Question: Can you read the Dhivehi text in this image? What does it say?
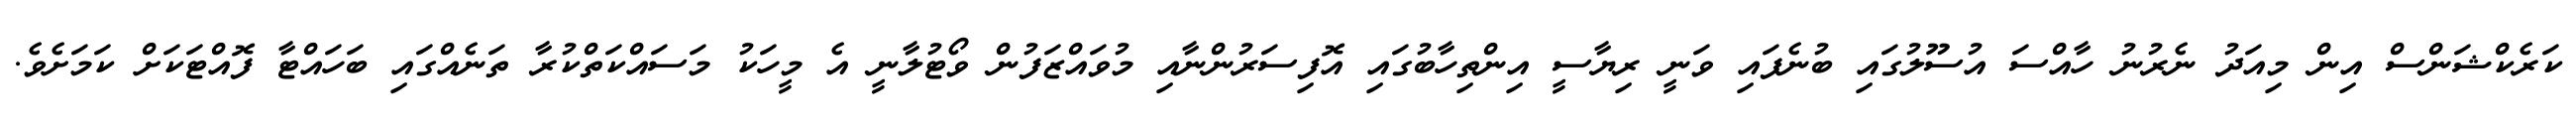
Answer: ކަރެކްޝަންސް އިން މިއަދު ނެރުނު ހާއްސަ އުސޫލުގައި ބުނެފައި ވަނީ ރިޔާސީ އިންތިހާބުގައި އޮފިސަރުންނާއި މުވައްޒަފުން ވޯޓުލާނީ އެ މީހަކު މަސައްކަތްކުރާ ތަނެއްގައި ބަހައްޓާ ފޮއްޓަކަށް ކަމަށެވެ.